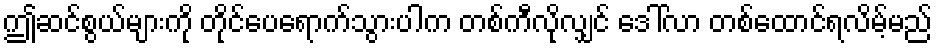
ဤဆင်စွယ်များကို တိုင်ပေရောက်သွားပါက တစ်ကီလိုလျှင် ဒေါ်လာ တစ်ထောင်ရလိမ့်မည်